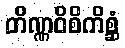
တိဏ္ဏဝိစိကိစ္ဆံ